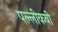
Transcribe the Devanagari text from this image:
पल्लीकबी